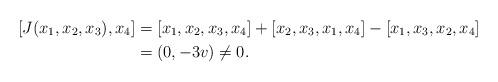
LaTeX: \begin{align*}[ J(x_1,x_2,x_3),x_4 ]&=[x_1,x_2,x_3,x_4]+[x_2,x_3,x_1,x_4]-[x_1,x_3,x_2,x_4]\\&=(0, -3v)\neq 0.\end{align*}